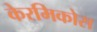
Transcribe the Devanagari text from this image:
केरमिकोस